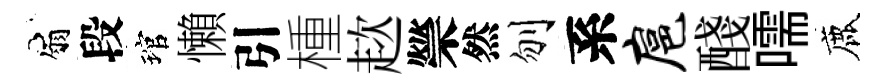
扇段琯懶引㮔趑禜然刎系扈醆嚅鹿